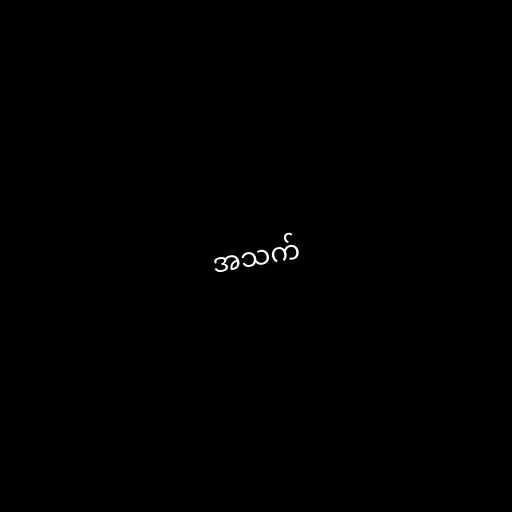
အသက်